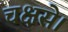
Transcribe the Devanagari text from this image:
चक्षसे।